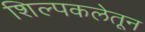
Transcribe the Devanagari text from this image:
शिल्पकलेतून